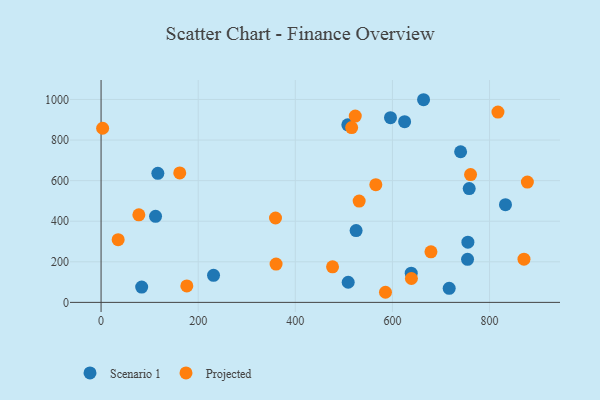
{"axis": {"x": "Experience", "y": "Profit"}, "legend": ["Projected", "Scenario 1"], "data": [{"x": "832.8", "y": 481.4, "type": "Scenario 1"}, {"x": "740.4", "y": 742.3, "type": "Scenario 1"}, {"x": "83.6", "y": 75.2, "type": "Scenario 1"}, {"x": "112.2", "y": 424.3, "type": "Scenario 1"}, {"x": "525.2", "y": 354.0, "type": "Scenario 1"}, {"x": "508.9", "y": 99.1, "type": "Scenario 1"}, {"x": "758.1", "y": 560.9, "type": "Scenario 1"}, {"x": "116.9", "y": 636.1, "type": "Scenario 1"}, {"x": "638.7", "y": 143.9, "type": "Scenario 1"}, {"x": "755.4", "y": 296.8, "type": "Scenario 1"}, {"x": "231.6", "y": 133.5, "type": "Scenario 1"}, {"x": "508.1", "y": 874.9, "type": "Scenario 1"}, {"x": "664.1", "y": 998.8, "type": "Scenario 1"}, {"x": "596.0", "y": 910.4, "type": "Scenario 1"}, {"x": "625.1", "y": 890.4, "type": "Scenario 1"}, {"x": "754.7", "y": 212.3, "type": "Scenario 1"}, {"x": "716.9", "y": 69.2, "type": "Scenario 1"}, {"x": "176.6", "y": 81.3, "type": "Projected"}, {"x": "639.1", "y": 117.7, "type": "Projected"}, {"x": "679.3", "y": 249.0, "type": "Projected"}, {"x": "77.8", "y": 431.5, "type": "Projected"}, {"x": "531.5", "y": 499.5, "type": "Projected"}, {"x": "585.7", "y": 49.8, "type": "Projected"}, {"x": "817.3", "y": 937.7, "type": "Projected"}, {"x": "35.2", "y": 308.8, "type": "Projected"}, {"x": "870.9", "y": 212.9, "type": "Projected"}, {"x": "760.9", "y": 629.8, "type": "Projected"}, {"x": "3.2", "y": 858.3, "type": "Projected"}, {"x": "565.8", "y": 580.1, "type": "Projected"}, {"x": "877.9", "y": 592.8, "type": "Projected"}, {"x": "360.4", "y": 188.9, "type": "Projected"}, {"x": "359.2", "y": 415.8, "type": "Projected"}, {"x": "523.5", "y": 918.2, "type": "Projected"}, {"x": "162.0", "y": 638.0, "type": "Projected"}, {"x": "516.0", "y": 861.4, "type": "Projected"}, {"x": "476.7", "y": 175.1, "type": "Projected"}]}